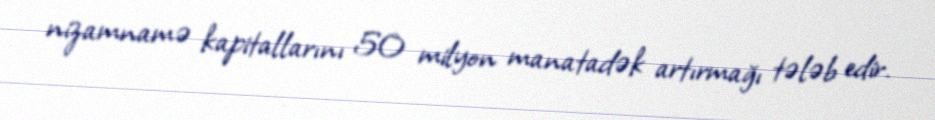
nizamnamə kapitallarını 50 milyon manatadək artırmağı tələb edir.